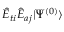
\hat { E } _ { t i } \hat { E } _ { a j } | \Psi ^ { ( 0 ) } \rangle